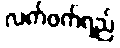
လက်ဖက်ရည်